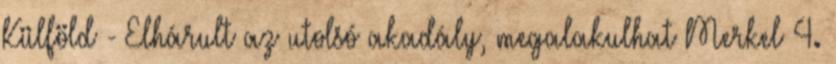
Külföld - Elhárult az utolsó akadály, megalakulhat Merkel 4.